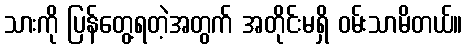
သားကို ပြန်တွေ့ရတဲ့အတွက် အတိုင်းမရှိ ဝမ်းသာမိတယ်။